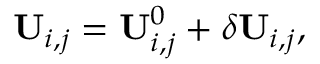
\mathbf { U } _ { i , j } = \mathbf { U } _ { i , j } ^ { 0 } + \delta \mathbf { U } _ { i , j } ,